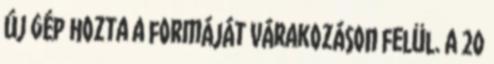
új gép hozta a formáját várakozáson felül. A 20